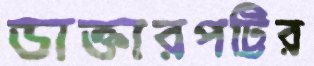
ডাক্তারপট্টির